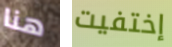
هنا إختفيت